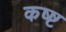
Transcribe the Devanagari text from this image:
कष्ष्ट